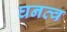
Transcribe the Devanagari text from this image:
घनत्‍व